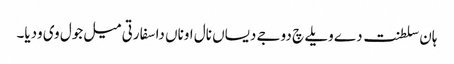
ہان سلطنت دے ویلے چ دوجے دیساں نال اوناں دا سفارتی میل جول وی ودیا۔